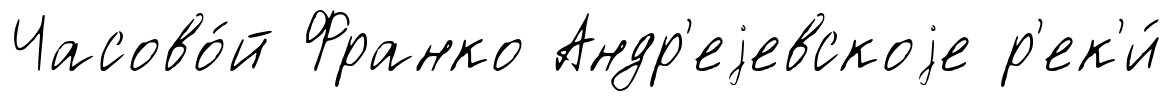
Часово́й Франко Андр'еjевскоjе р'ек'и́